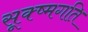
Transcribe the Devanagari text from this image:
सूक्ष्‍मगति